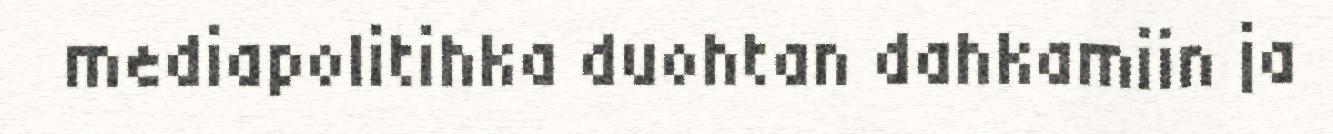
mediapolitihka duohtan dahkamiin ja